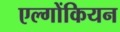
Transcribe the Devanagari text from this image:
एल्गोंकियन